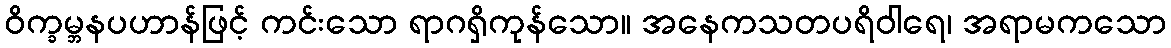
ဝိက္ခမ္ဘနပဟာန်ဖြင့် ကင်းသော ရာဂရှိကုန်သော။ အနေကသတပရိဝါရေ၊ အရာမကသော